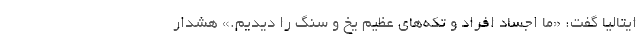
ایتالیا گفت: «ما اجساد افراد و تکه‌های عظیم یخ و سنگ را دیدیم.» هشدار